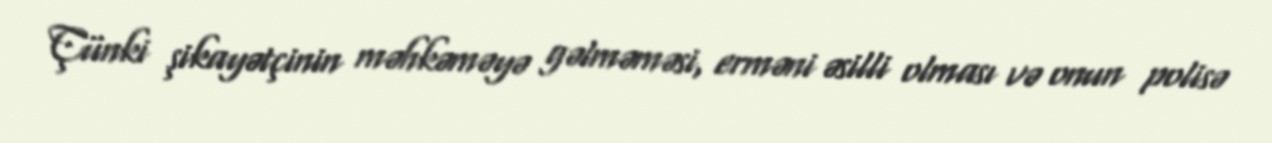
Çünki şikayətçinin məhkəməyə gəlməməsi, erməni əsilli olması və onun polisə